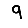
Digit: 9